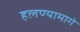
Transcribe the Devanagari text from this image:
हलण्यामागे